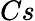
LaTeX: Cs